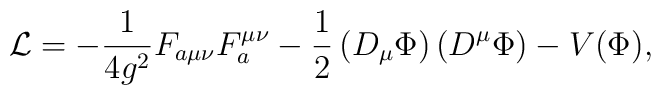
{\cal L} = -\frac{1}{4g^2} F_{a\mu\nu} F_a^{\mu\nu} -\frac{1}{2} \left (D_{\mu} \Phi \right ) \left (D^{\mu} \Phi \right ) - V(\Phi),